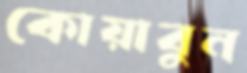
কোয়াবুন